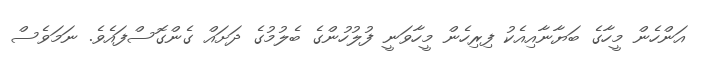
އަންހެން މީހާގެ ބަޔާނާއިއެކު ފިރިހެން މީހާވަނީ ފުލުހުންގެ ބެލުމުގެ ދަށައް ގެންގޮސްފައެވެ. ނަމަވެސް